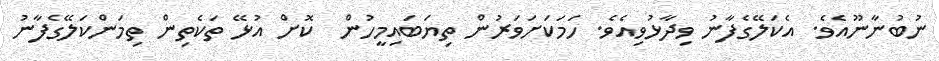
ނުބުނާނޫއެވެ. އެކަލޭގެފާނު ވިދާޅުވިއެވެ. ހަމަކަށަވަރުން ތިޔަބައިމީހުން  ކޮށް އުޅޭ ތަކެތިން ތިމަންކަލޭގެފާނު